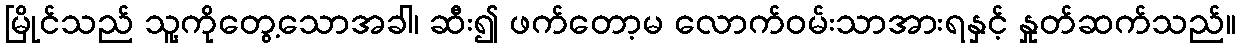
မြိုင်သည် သူ့ကိုတွေ့သောအခါ၊ ဆီး၍ ဖက်တော့မ လောက်ဝမ်းသာအားရနှင့် နှုတ်ဆက်သည်။